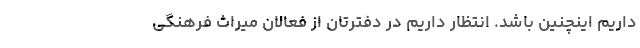
داریم اینچنین باشد. انتظار داریم در دفترتان از فعالان میراث فرهنگی